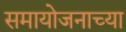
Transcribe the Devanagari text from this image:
समायोजनाच्या